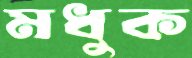
মধুক